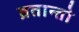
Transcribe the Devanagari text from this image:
व्रतान्तो